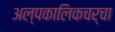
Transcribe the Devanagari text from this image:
अल्पकालिकचर्चा